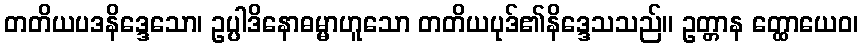
တတိယပဒနိဒ္ဒေသော၊ ဥပ္ပါဒိနောဓမ္မာဟူသော တတိယပုဒ်၏နိဒ္ဒေသသည်။ ဥတ္တာန တ္ထောယေဝ၊